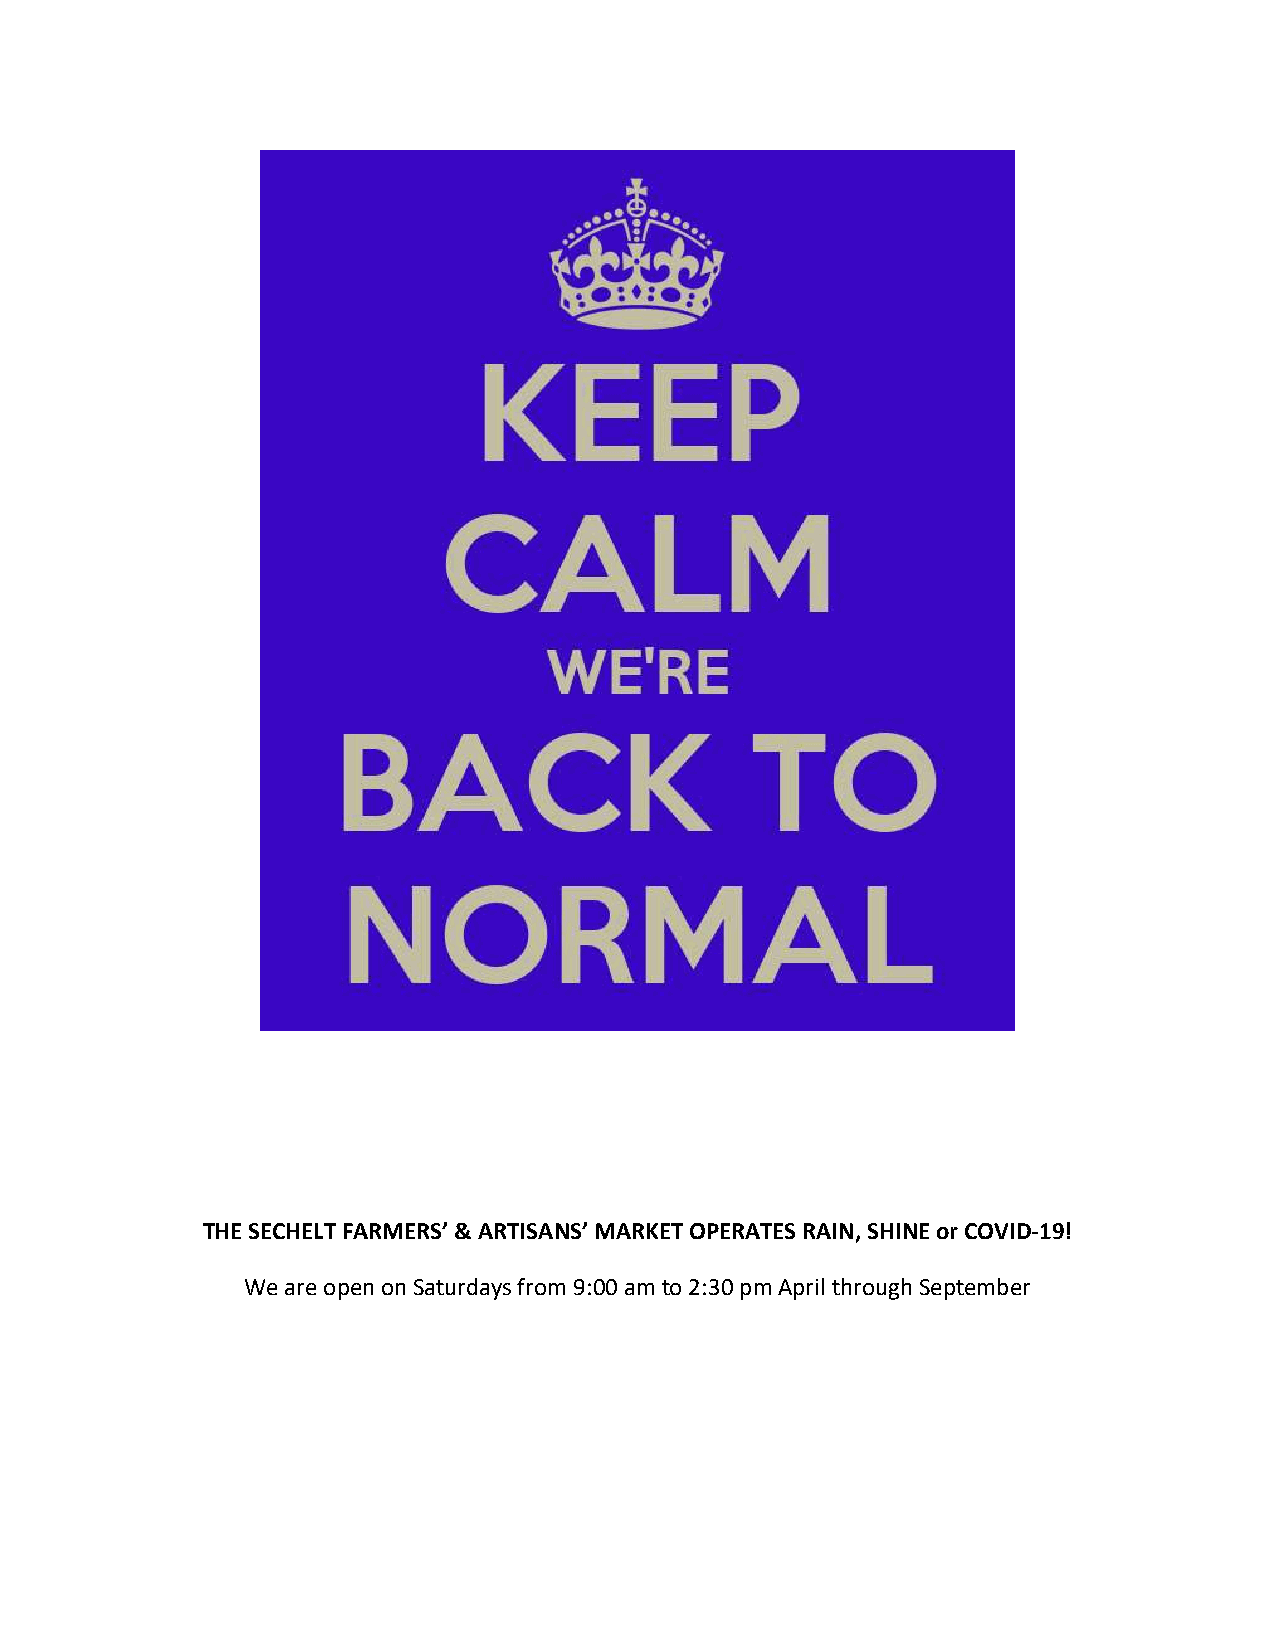
THE SECHELT FARMERS’ & ARTISANS’ MARKET OPERATES RAIN, SHINE or COVID-19!
 We are open on Saturdays from 9:00 am to 2:30 pm April through September